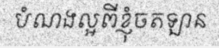
បំណងល្អពីខ្ញុំចតឡាន